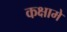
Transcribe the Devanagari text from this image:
कक्षामे